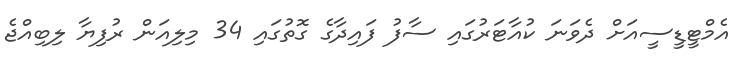
އެމްޓީޑީސީއަށް ދެވަނަ ކުއާޓަރުގައި ސާފު ފައިދާގެ ގޮތުގައި 34 މިލިއަން ރުފިޔާ ލިބިއްޖެ